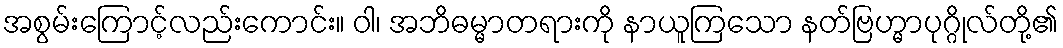
အစွမ်းကြောင့်လည်းကောင်း။ ဝါ၊ အဘိဓမ္မာတရားကို နာယူကြသော နတ်ဗြဟ္မာပုဂ္ဂိုလ်တို့၏